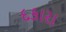
દકારા